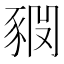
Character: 𧱊